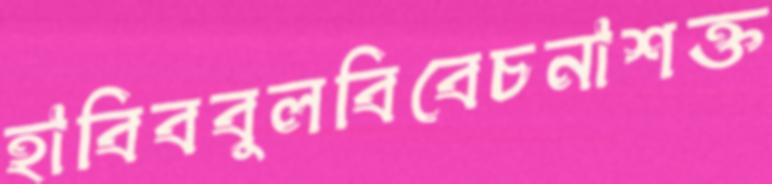
হাবিববুলবিবেচনাশক্ত